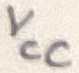
Text: VCC